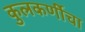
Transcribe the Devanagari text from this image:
कुलकर्णीचा